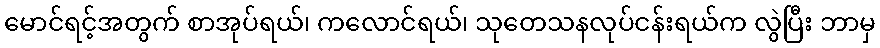
မောင်ရင့်အတွက် စာအုပ်ရယ်၊ ကလောင်ရယ်၊ သုတေသနလုပ်ငန်းရယ်က လွဲပြီး ဘာမှ